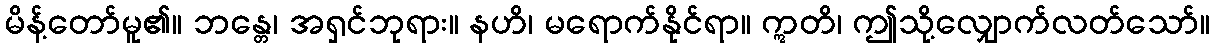
မိန့်တော်မူ၏။ ဘန္တေ၊ အရှင်ဘုရား။ နဟိ၊ မရောက်နိုင်ရာ။ ဣတိ၊ ဤသို့လျှောက်လတ်သော်။